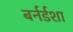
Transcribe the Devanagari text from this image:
बर्नर्डशा